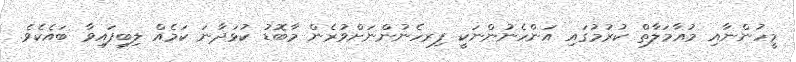
މީހުންނާއި މުއާމަލާތް ކުރުމުގައި އަންހެނުންނަކީ ފިރހެނުންނަށްވުރެން މާބޮޑު ކުޅަދާނަ ކަމެއް ލިބިފައިވާ ބައެކެވެ.